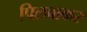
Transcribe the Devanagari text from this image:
पिलवाकर